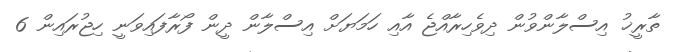
ތާރީޚު އިސްލާންވުން ދިވެހިރާއްޖެ އާއި ހަމަޔަށް އިސްލާން ދީން ފޯރާފައިވަނީ ހިޖުރައިން 6